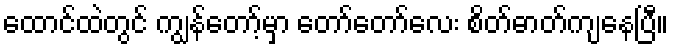
ထောင်ထဲတွင် ကျွန်တော့်မှာ တော်တော်လေး စိတ်ဓာတ်ကျနေပြီ။